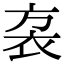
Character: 𧘩